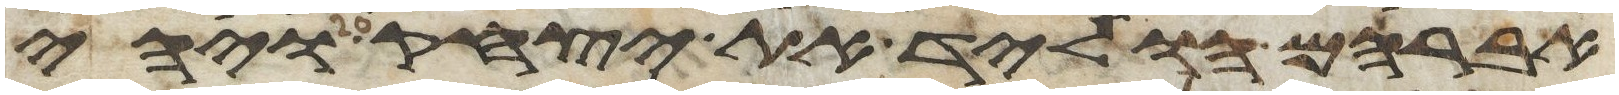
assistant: אברהם הוליד את יצחק ויהי